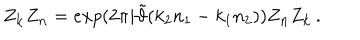
LaTeX: Z _ { \bf k } Z _ { \bf n } = e x p ( 2 \pi i \tilde { \vartheta } ( k _ { 2 } n _ { 1 } - k _ { 1 } n _ { 2 } ) ) Z _ { \bf n } Z _ { \bf k } \, .